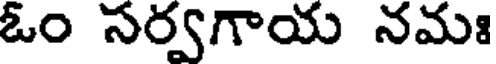
ఓం సర్వగాయ నమః